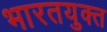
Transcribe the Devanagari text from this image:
भारतयुक्त